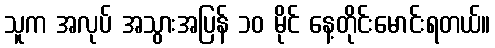
သူက အလုပ် အသွားအပြန် ၁၀ မိုင် နေ့တိုင်းမောင်းရတယ်။